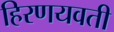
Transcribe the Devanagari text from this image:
हिरणयवती